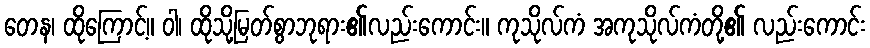
တေန၊ ထိုကြောင့်။ ဝါ၊ ထိုသို့မြတ်စွာဘုရား၏လည်းကောင်း။ ကုသိုလ်ကံ အကုသိုလ်ကံတို့၏ လည်းကောင်း